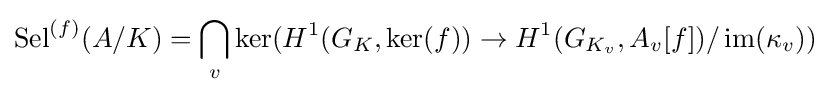
\operatorname {Sel} ^{(f)}(A/K)=\bigcap _{v}\ker(H^{1}(G_{K},\ker(f))\rightarrow H^{1}(G_{K_{v}},A_{v}[f])/\operatorname {im} (\kappa _{v}))